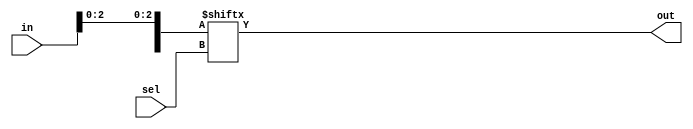
module Mux_8x1 (out,in,sel);
    //F(A,B,C)=sigma(0,1,2,5)
    output out;
    input [7:0] in;
    input [2:0] sel;
    wire [7:0] temp;
    assign temp[0] = in[0];
    assign temp[1] = in[1];
    assign temp[2] = in[2];
    assign temp[5] = in[5];
    assign out = temp[sel];
endmodule